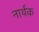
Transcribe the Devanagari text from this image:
नार्थक